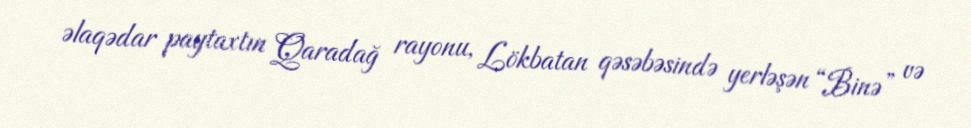
əlaqədar paytaxtın Qaradağ rayonu, Lökbatan qəsəbəsində yerləşən “Binə” və